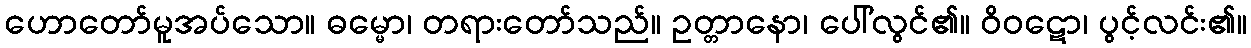
ဟောတော်မူအပ်သော။ ဓမ္မော၊ တရားတော်သည်။ ဥတ္တာနော၊ ပေါ်လွင်၏။ ဝိဝဋော၊ ပွင့်လင်း၏။